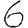
Digit: 6